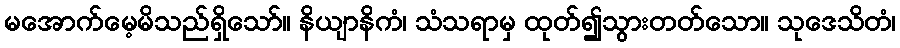
မအောက်မေ့မိသည်ရှိသော်။ နိယျာနိကံ၊ သံသရာမှ ထုတ်၍သွားတတ်သော။ သုဒေသိတံ၊